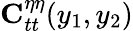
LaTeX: {\mathbf C}_{tt}^{\eta\eta}(y_{1},y_{2})